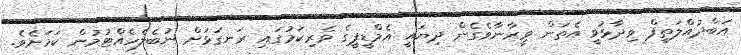
އަބްދުއްލަތީފް ވިދާޅުވީ އެތަން ވީރާނާވެގެން ދިޔައީ އެމްޑީޕީގެ ވެރިކަމުގައި ރަނގަޅަށް ނުބެލެހެއްޓުމުން ކަމަށެވެ.